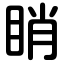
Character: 睄